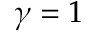
\gamma = 1